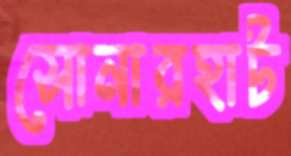
সোনারহাট